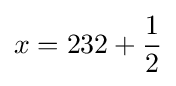
x=232+{\frac {1}{2}}